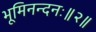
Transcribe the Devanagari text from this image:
भूमिनन्दनः॥२॥